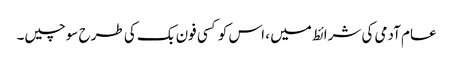
عام آدمی کی شرائط میں ، اس کو کسی فون بک کی طرح سوچیں۔